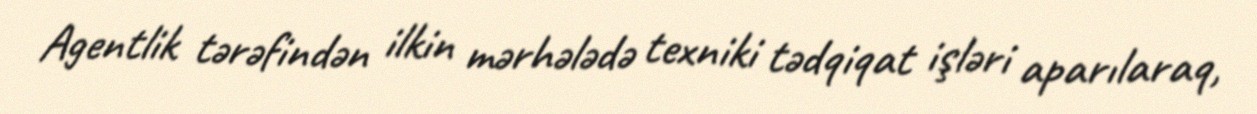
Agentlik tərəfindən ilkin mərhələdə texniki tədqiqat işləri aparılaraq,